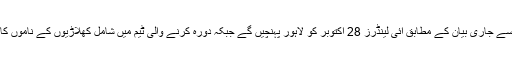
سری لنکن کرکٹ بورڈ کی جانب سے جاری بیان کے مطابق آئی لینڈرز 28 اکتوبر کو لاہور پہنچیں گے جبکہ دورہ کرنے والی ٹیم میں شامل کھلاڑیوں کے ناموں کا اعلان 17 اکتوبر کو کیا جائے گا۔